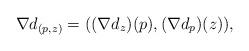
LaTeX: \begin{align*}\nabla d_{(p,z)}= ((\nabla d_z)(p),(\nabla d_p)(z)),\end{align*}